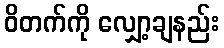
ဝိတက်ကို လျှော့ချနည်း